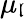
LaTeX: \mu_{\mathfrak{l}}